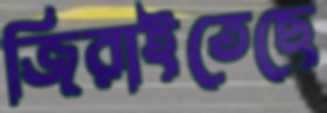
জিরাইতেছে